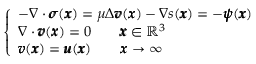
\left\{ \begin{array} { l l } { - \nabla \cdot { \pmb \sigma } ( { \pmb x } ) = \mu \Delta { \pmb v } ( { \pmb x } ) - \nabla s ( { \pmb x } ) = - { \pmb \psi } ( { \pmb x } ) } \\ { \nabla \cdot { \pmb v } ( { \pmb x } ) = 0 \qquad { \pmb x } \in \mathbb { R } ^ { 3 } } \\ { { \pmb v } ( { \pmb x } ) = { \pmb u } ( { \pmb x } ) \qquad { \pmb x } \rightarrow \infty } \end{array} \right.